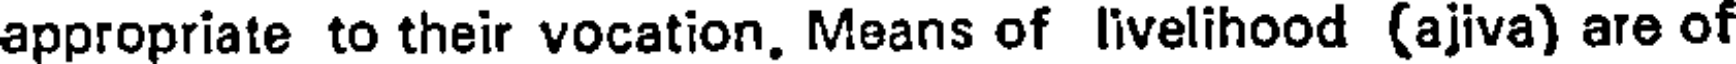
appropriate to their vocation. Means of livelihood (ajiva) are of